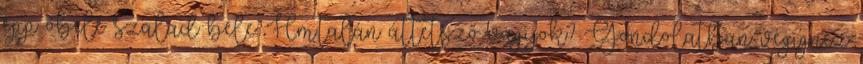
épp őbelé szalad bele. Hm.talán áttetsző vagyok? Gondolatban végignéz